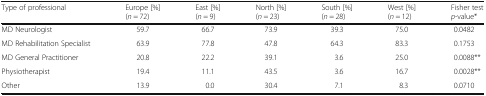
<table><thead><tr><td><b>Type of professional</b></td><td><b>Europe [%](<i>n</i> = 72)</b></td><td><b>East [%](<i>n</i> = 9)</b></td><td><b>North [%](<i>n</i> = 23)</b></td><td><b>South [%](<i>n</i> = 28)</b></td><td><b>West [%](<i>n</i> = 12)</b></td><td><b>Fisher test<i>p</i>-value*</b></td></tr></thead><tbody><tr><td>MD Neurologist</td><td>59.7</td><td>66.7</td><td>73.9</td><td>39.3</td><td>75.0</td><td>0.0482</td></tr><tr><td>MD Rehabilitation Specialist</td><td>63.9</td><td>77.8</td><td>47.8</td><td>64.3</td><td>83.3</td><td>0.1753</td></tr><tr><td>MD General Practitioner</td><td>20.8</td><td>22.2</td><td>39.1</td><td>3.6</td><td>25.0</td><td>0.0088**</td></tr><tr><td>Physiotherapist</td><td>19.4</td><td>11.1</td><td>43.5</td><td>3.6</td><td>16.7</td><td>0.0028**</td></tr><tr><td>Other</td><td>13.9</td><td>0.0</td><td>30.4</td><td>7.1</td><td>8.3</td><td>0.0710</td></tr></tbody></table>